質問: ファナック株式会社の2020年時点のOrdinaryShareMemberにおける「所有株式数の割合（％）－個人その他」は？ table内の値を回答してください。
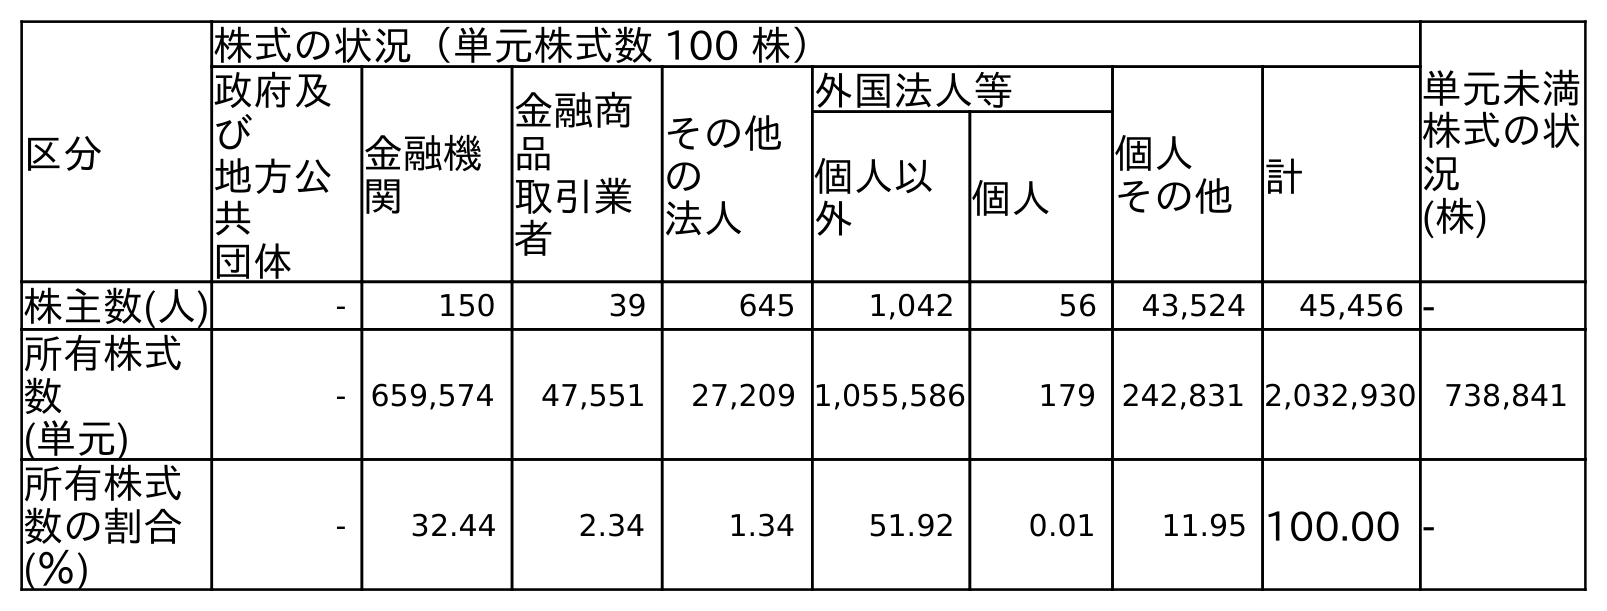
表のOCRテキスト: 区分 株式の状況（単元株式数 100 株） 単元未満 株式の状 況 (株) 政府及 び 地方公 共 団体 金融機 関 金融商 品 取引業 者 その他 の 法人 外国法人等 個人 その他計 個人以 外 個人 株主数(人) - 150 39 645 1,042 56 43,524 45,456 - 所有株式 数 (単元) - 659,574 47,551 27,209 1,055,586 179 242,831 2,032,930 738,841 所有株式 数の割合 (％) - 32.44 2.34 1.34 51.92 0.01 11.95 100.00 -
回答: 11.95